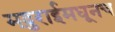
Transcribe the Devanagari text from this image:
मदुराईमधूनच